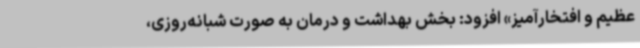
عظیم و افتخارآمیز» افزود: بخش بهداشت و درمان به صورت شبانه‌روزی،